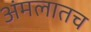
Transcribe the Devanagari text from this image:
अंमलातच